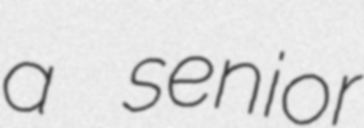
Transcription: a senior